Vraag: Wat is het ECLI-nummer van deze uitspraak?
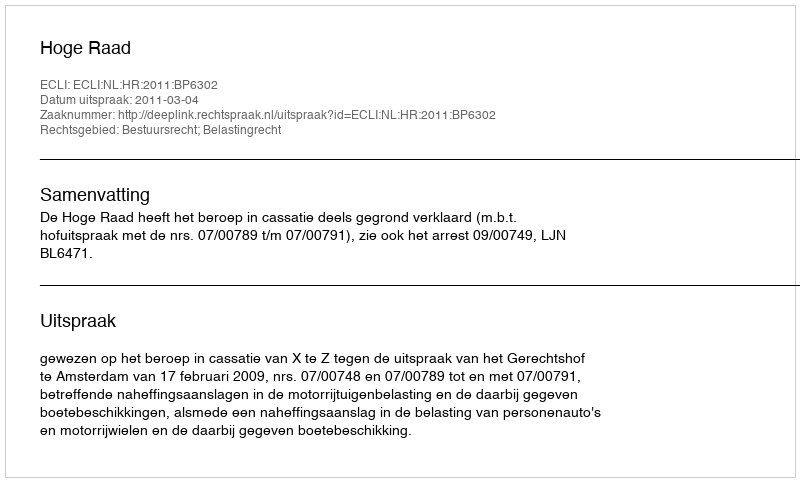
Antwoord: ECLI:NL:HR:2011:BP6302